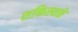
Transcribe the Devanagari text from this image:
शक्तिस्थळे